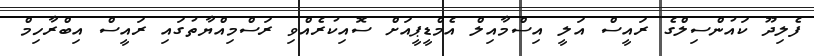
ފެލިދޫ ކައުންސިލްގެ ރައީސް އަލީ އިސްމާއިލް އެމްޑީޕީއަށް ސޮއިކުރެއްވި ރަސްމިއްޔާތުގައި ރައީސް އިބްރާހިމް